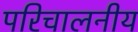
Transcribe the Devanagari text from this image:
परिचालनीय